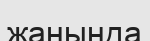
жаныңда